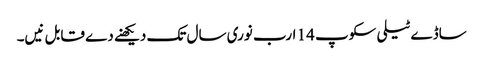
ساڈے ٹیلی سکوپ 14 ارب نوری سال تک دیکھنے دے قابل نیں۔